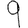
Digit: 9